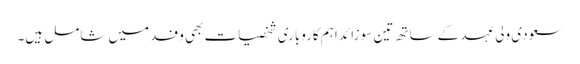
سعودی ولی عہد کے ساتھ تین سو زائد اہم کاروباری شخصیات بھی وفد میں شامل ہیں۔